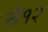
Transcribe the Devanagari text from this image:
से१२